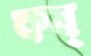
কষ্